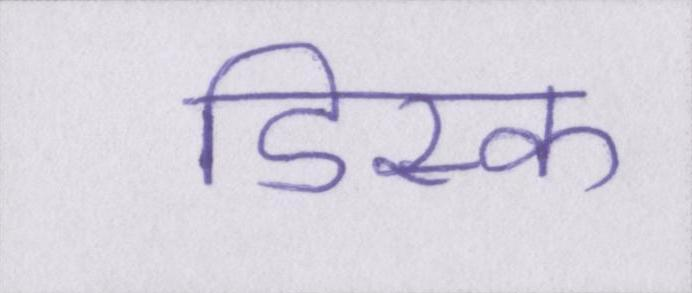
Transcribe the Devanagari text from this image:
डिस्क